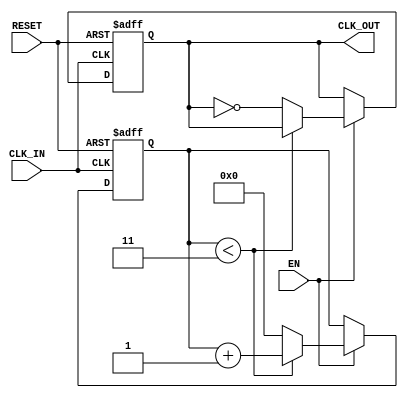
module ClockDividerBuffer #(
    parameter N = 4  // Division factor (default is 4)
) (
    input wire CLK_IN,    // Input clock signal
    input wire EN,        // Enable signal
    input wire RESET,     // Asynchronous reset signal
    output reg CLK_OUT     // Output clock signal
);

    // A counter to track the number of input clock cycles
    reg [31:0] counter;   // Assuming 32-bit for the counter to support large division factors

    // Asynchronous reset and counter logic
    always @(posedge CLK_IN or posedge RESET) begin
        if (RESET) begin
            counter <= 0;
            CLK_OUT <= 0;
        end else if (EN) begin
            if (counter < (N - 1)) begin
                counter <= counter + 1;
            end else begin
                counter <= 0;            // Reset counter
                CLK_OUT <= ~CLK_OUT;     // Toggle CLK_OUT
            end
        end
    end

endmodule